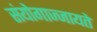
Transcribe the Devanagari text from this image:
संयोगाज्जायते